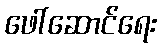
ဖေါ်ဆောင်ရေး